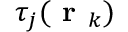
\tau _ { j } ( \textbf { r } _ { k } )